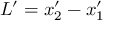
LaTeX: L ^ { \prime } = x _ { 2 } ^ { \prime } - x _ { 1 } ^ { \prime }